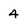
Character: 4